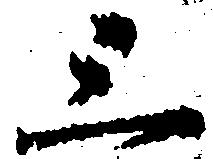
三